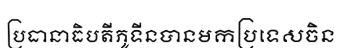
ប្រធានាធិបតីភូទីនបានមកប្រទេសចិន